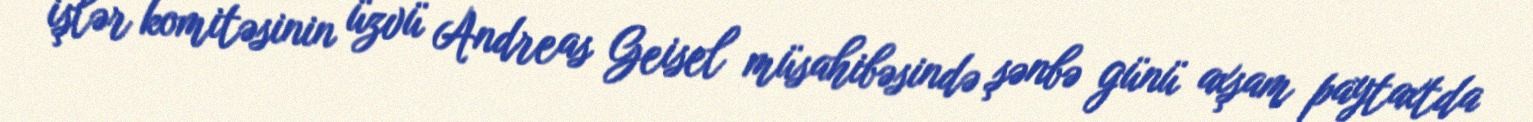
işlər komitəsinin üzvü Andreas Geisel müsahibəsində şənbə günü axşam paytaxtda